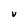
Character: V